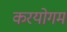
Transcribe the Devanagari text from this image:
करयोगम